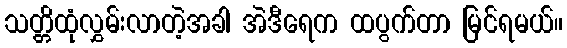
သတ္တိထုံလွှမ်းလာတဲ့အခါ အဲဒီရေက ထပွက်တာ မြင်ရမယ်။